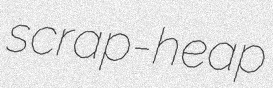
scrap-heap